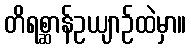
တိရစ္ဆာန်ဥယျာဉ်ထဲမှာ။